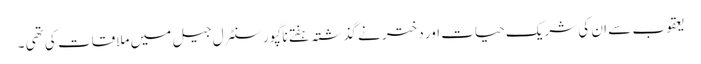
یعقوب سے ان کی شریک حیات اور دختر نے گذشتہ ہفتے ناگپور سنٹرل جیل میں ملاقات کی تھی ۔